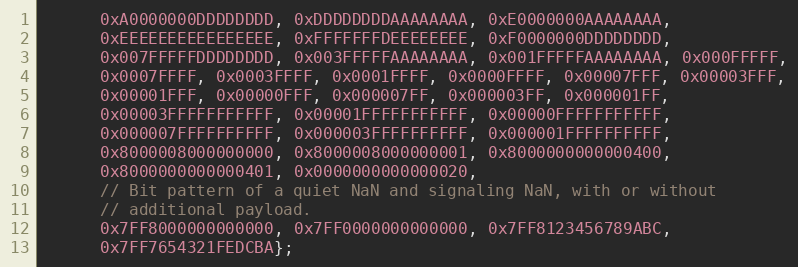
Language: C
      0xA0000000DDDDDDDD, 0xDDDDDDDDAAAAAAAA, 0xE0000000AAAAAAAA,
      0xEEEEEEEEEEEEEEEE, 0xFFFFFFFDEEEEEEEE, 0xF0000000DDDDDDDD,
      0x007FFFFFDDDDDDDD, 0x003FFFFFAAAAAAAA, 0x001FFFFFAAAAAAAA, 0x000FFFFF,
      0x0007FFFF, 0x0003FFFF, 0x0001FFFF, 0x0000FFFF, 0x00007FFF, 0x00003FFF,
      0x00001FFF, 0x00000FFF, 0x000007FF, 0x000003FF, 0x000001FF,
      0x00003FFFFFFFFFFF, 0x00001FFFFFFFFFFF, 0x00000FFFFFFFFFFF,
      0x000007FFFFFFFFFF, 0x000003FFFFFFFFFF, 0x000001FFFFFFFFFF,
      0x8000008000000000, 0x8000008000000001, 0x8000000000000400,
      0x8000000000000401, 0x0000000000000020,
      // Bit pattern of a quiet NaN and signaling NaN, with or without
      // additional payload.
      0x7FF8000000000000, 0x7FF0000000000000, 0x7FF8123456789ABC,
      0x7FF7654321FEDCBA};